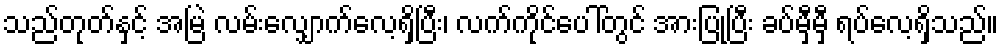
သည်တုတ်နှင့် အမြဲ လမ်းလျှောက်လေ့ရှိပြီး၊ လက်ကိုင်ပေါ်တွင် အားပြုပြီး ခပ်မှီမှီ ရပ်လေ့ရှိသည်။